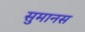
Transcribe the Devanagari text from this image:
सुमानस